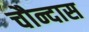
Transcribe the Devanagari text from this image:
चौन्दास